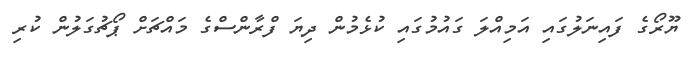
ޔޫރޯގެ ފައިނަލުގައި އަމިއްލަ ގައުމުގައި ކުޅެމުން ދިޔަ ފްރާންސްގެ މައްޗަށް ޕޯޗުގަލުން ކުރި